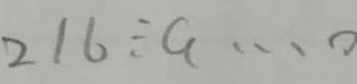
2 1 6 \div a \cdots 0